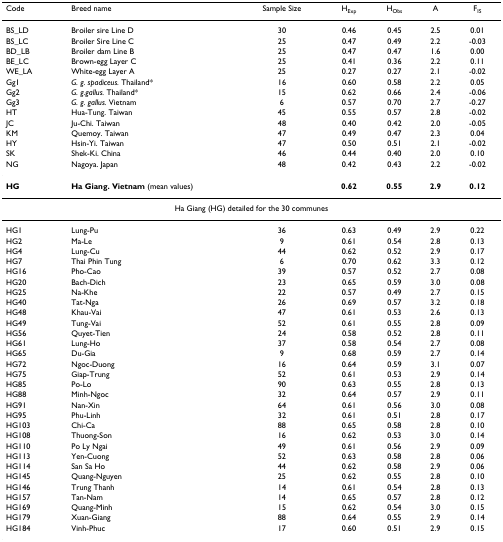
<table><thead><tr><td><b>Code</b></td><td><b>Breed name</b></td><td><b>Sample Size</b></td><td><b>H<sub>Exp</sub></b></td><td><b>H<sub>Obs</sub></b></td><td><b>A</b></td><td><b>F<sub>IS</sub></b></td></tr></thead><tbody><tr><td>BS_LD</td><td>Broiler sire Line D</td><td>30</td><td>0.46</td><td>0.45</td><td>2.5</td><td>0.01</td></tr><tr><td>BS_LC</td><td>Broiler Sire Line C</td><td>25</td><td>0.47</td><td>0.49</td><td>2.2</td><td>-0.03</td></tr><tr><td>BD_LB</td><td>Broiler dam Line B</td><td>25</td><td>0.47</td><td>0.47</td><td>1.6</td><td>0.00</td></tr><tr><td>BE_LC</td><td>Brown-egg Layer C</td><td>25</td><td>0.41</td><td>0.36</td><td>2.2</td><td>0.11</td></tr><tr><td>WE_LA</td><td>White-egg Layer A</td><td>25</td><td>0.27</td><td>0.27</td><td>2.1</td><td>-0.02</td></tr><tr><td>Gg1</td><td><i>G. g. spadiceus. </i>Thailand*</td><td>16</td><td>0.60</td><td>0.58</td><td>2.2</td><td>0.05</td></tr><tr><td>Gg2</td><td><i>G. g.gallus. </i>Thailand*</td><td>15</td><td>0.62</td><td>0.66</td><td>2.4</td><td>-0.06</td></tr><tr><td>Gg3</td><td><i>G. g. gallus. </i>Vietnam</td><td>6</td><td>0.57</td><td>0.70</td><td>2.7</td><td>-0.27</td></tr><tr><td>HT</td><td>Hua-Tung. Taiwan</td><td>45</td><td>0.55</td><td>0.57</td><td>2.8</td><td>-0.02</td></tr><tr><td>JC</td><td>Ju-Chi. Taiwan</td><td>48</td><td>0.40</td><td>0.42</td><td>2.0</td><td>-0.05</td></tr><tr><td>KM</td><td>Quemoy. Taiwan</td><td>47</td><td>0.49</td><td>0.47</td><td>2.3</td><td>0.04</td></tr><tr><td>HY</td><td>Hsin-Yi. Taiwan</td><td>47</td><td>0.50</td><td>0.51</td><td>2.1</td><td>-0.02</td></tr><tr><td>SK</td><td>Shek-Ki. China</td><td>46</td><td>0.44</td><td>0.40</td><td>2.0</td><td>0.10</td></tr><tr><td>NG</td><td>Nagoya. Japan</td><td>48</td><td>0.42</td><td>0.43</td><td>2.2</td><td>-0.02</td></tr><tr><td><b>HG</b></td><td colspan="2"><b>Ha Giang. Vietnam </b>(mean values)</td><td><b>0.62</b></td><td><b>0.55</b></td><td><b>2.9</b></td><td><b>0.12</b></td></tr><tr><td colspan="7">Ha Giang (HG) detailed for the 30 communes</td></tr><tr><td>HG1</td><td>Lung-Pu</td><td>36</td><td>0.63</td><td>0.49</td><td>2.9</td><td>0.22</td></tr><tr><td>HG2</td><td>Ma-Le</td><td>9</td><td>0.61</td><td>0.54</td><td>2.8</td><td>0.13</td></tr><tr><td>HG4</td><td>Lung-Cu</td><td>44</td><td>0.62</td><td>0.52</td><td>2.9</td><td>0.17</td></tr><tr><td>HG7</td><td>Thai Phin Tung</td><td>6</td><td>0.70</td><td>0.62</td><td>3.3</td><td>0.12</td></tr><tr><td>HG16</td><td>Pho-Cao</td><td>39</td><td>0.57</td><td>0.52</td><td>2.7</td><td>0.08</td></tr><tr><td>HG20</td><td>Bach-Dich</td><td>23</td><td>0.65</td><td>0.59</td><td>3.0</td><td>0.08</td></tr><tr><td>HG25</td><td>Na-Khe</td><td>22</td><td>0.57</td><td>0.49</td><td>2.7</td><td>0.15</td></tr><tr><td>HG40</td><td>Tat-Nga</td><td>26</td><td>0.69</td><td>0.57</td><td>3.2</td><td>0.18</td></tr><tr><td>HG48</td><td>Khau-Vai</td><td>47</td><td>0.61</td><td>0.53</td><td>2.6</td><td>0.13</td></tr><tr><td>HG49</td><td>Tung-Vai</td><td>52</td><td>0.61</td><td>0.55</td><td>2.8</td><td>0.09</td></tr><tr><td>HG56</td><td>Quyet-Tien</td><td>24</td><td>0.58</td><td>0.52</td><td>2.8</td><td>0.11</td></tr><tr><td>HG61</td><td>Lung-Ho</td><td>37</td><td>0.58</td><td>0.54</td><td>2.7</td><td>0.08</td></tr><tr><td>HG65</td><td>Du-Gia</td><td>9</td><td>0.68</td><td>0.59</td><td>2.7</td><td>0.14</td></tr><tr><td>HG72</td><td>Ngoc-Duong</td><td>16</td><td>0.64</td><td>0.59</td><td>3.1</td><td>0.07</td></tr><tr><td>HG75</td><td>Giap-Trung</td><td>52</td><td>0.61</td><td>0.53</td><td>2.9</td><td>0.14</td></tr><tr><td>HG85</td><td>Po-Lo</td><td>90</td><td>0.63</td><td>0.55</td><td>2.8</td><td>0.13</td></tr><tr><td>HG88</td><td>Minh-Ngoc</td><td>32</td><td>0.64</td><td>0.57</td><td>2.9</td><td>0.11</td></tr><tr><td>HG91</td><td>Nan-Xin</td><td>64</td><td>0.61</td><td>0.56</td><td>3.0</td><td>0.08</td></tr><tr><td>HG95</td><td>Phu-Linh</td><td>32</td><td>0.61</td><td>0.51</td><td>2.8</td><td>0.17</td></tr><tr><td>HG103</td><td>Chi-Ca</td><td>88</td><td>0.65</td><td>0.58</td><td>2.8</td><td>0.10</td></tr><tr><td>HG108</td><td>Thuong-Son</td><td>16</td><td>0.62</td><td>0.53</td><td>3.0</td><td>0.14</td></tr><tr><td>HG110</td><td>Po Ly Ngai</td><td>49</td><td>0.61</td><td>0.56</td><td>2.9</td><td>0.09</td></tr><tr><td>HG113</td><td>Yen-Cuong</td><td>52</td><td>0.63</td><td>0.58</td><td>2.8</td><td>0.06</td></tr><tr><td>HG114</td><td>San Sa Ho</td><td>44</td><td>0.62</td><td>0.58</td><td>2.9</td><td>0.06</td></tr><tr><td>HG145</td><td>Quang-Nguyen</td><td>25</td><td>0.62</td><td>0.55</td><td>2.8</td><td>0.10</td></tr><tr><td>HG146</td><td>Trung Thanh</td><td>14</td><td>0.61</td><td>0.54</td><td>2.8</td><td>0.13</td></tr><tr><td>HG157</td><td>Tan-Nam</td><td>14</td><td>0.65</td><td>0.57</td><td>2.8</td><td>0.12</td></tr><tr><td>HG169</td><td>Quang-Minh</td><td>15</td><td>0.62</td><td>0.54</td><td>3.0</td><td>0.15</td></tr><tr><td>HG179</td><td>Xuan-Giang</td><td>88</td><td>0.64</td><td>0.55</td><td>2.9</td><td>0.14</td></tr><tr><td>HG184</td><td>Vinh-Phuc</td><td>17</td><td>0.60</td><td>0.51</td><td>2.9</td><td>0.15</td></tr></tbody></table>